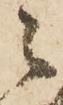
々